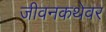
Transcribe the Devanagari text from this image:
जीवनकथेवर